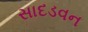
સાદડવન